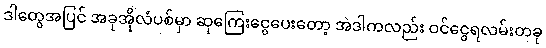
ဒါတွေအပြင် အခုအိုလံပစ်မှာ ဆုကြေးငွေပေးတော့ အဲဒါကလည်း ဝင်ငွေရလမ်းတခု